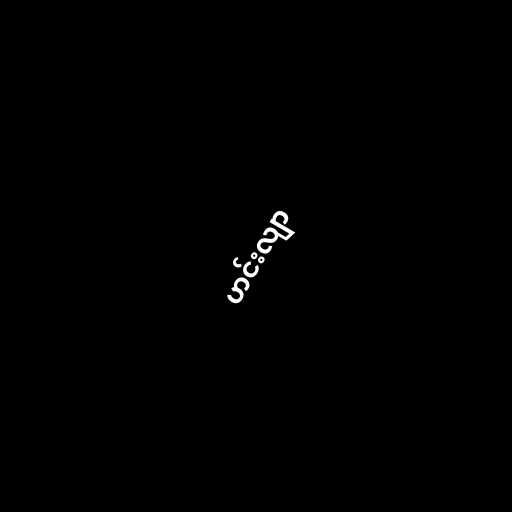
ဟင်းလျာ